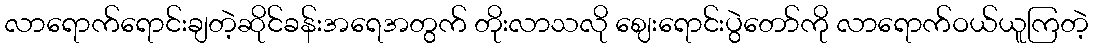
လာရောက်ရောင်းချတဲ့ဆိုင်ခန်းအရေအတွက် တိုးလာသလို ဈေးရောင်းပွဲတော်ကို လာရောက်ဝယ်ယူကြတဲ့